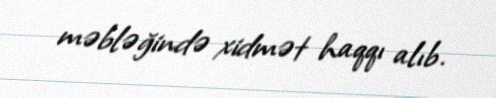
məbləğində xidmət haqqı alıb.